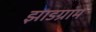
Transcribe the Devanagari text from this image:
झाडग्राम